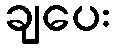
ချပေး